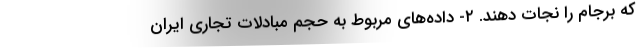
که برجام را نجات دهند. ۲- داده‌های مربوط به حجم مبادلات تجاری ایران